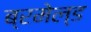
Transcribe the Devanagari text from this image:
ब्रमेल्ड